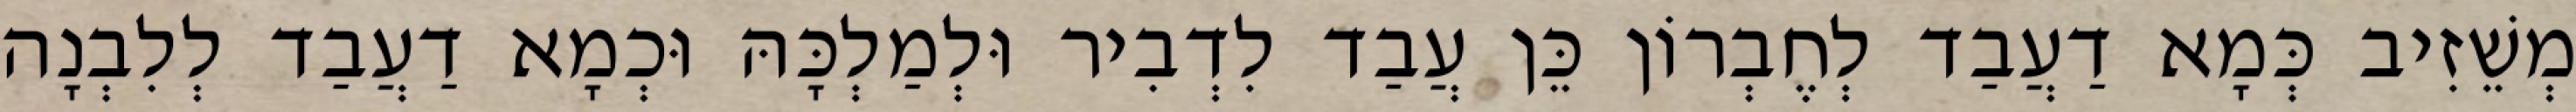
מְשֵׁזִיב כְּמָא דַעֲבַד לְחֶבְרוֹן כֵּן עֲבַד לִדְבִיר וּלְמַלְכָּהּ וּכְמָא דַעֲבַד לְלִבְנָה